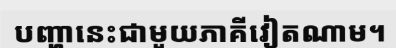
បញ្ហានេះជាមួយភាគីវៀតណាម។